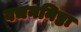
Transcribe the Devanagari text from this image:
वचननिष्ठा